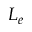
L _ { e }